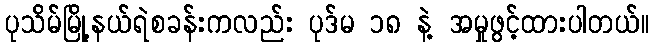
ပုသိမ်မြို့နယ်ရဲစခန်းကလည်း ပုဒ်မ ၁၈ နဲ့ အမှုဖွင့်ထားပါတယ်။